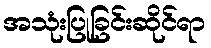
အသုံးပြုခြင်းဆိုင်ရာ